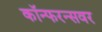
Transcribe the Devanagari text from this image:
कॉन्फरन्सवर